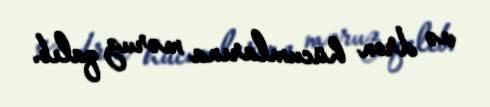
və dron hücumlarına məruz qalıb.